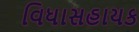
વિધાસહાયક